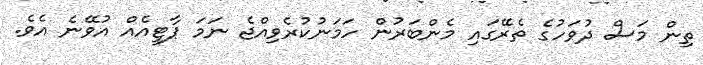
ތިން މަސް ދުވަހުގެ ތެރޭގައި މެންބަރުން ހަމަނުކުރެވިއްޖެ ނަމަ ޕާޓީއެއް އުވޭނެ އެވެ.